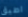
اطيق